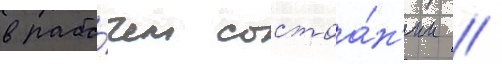
в рабо́чем состоа́н'ии /